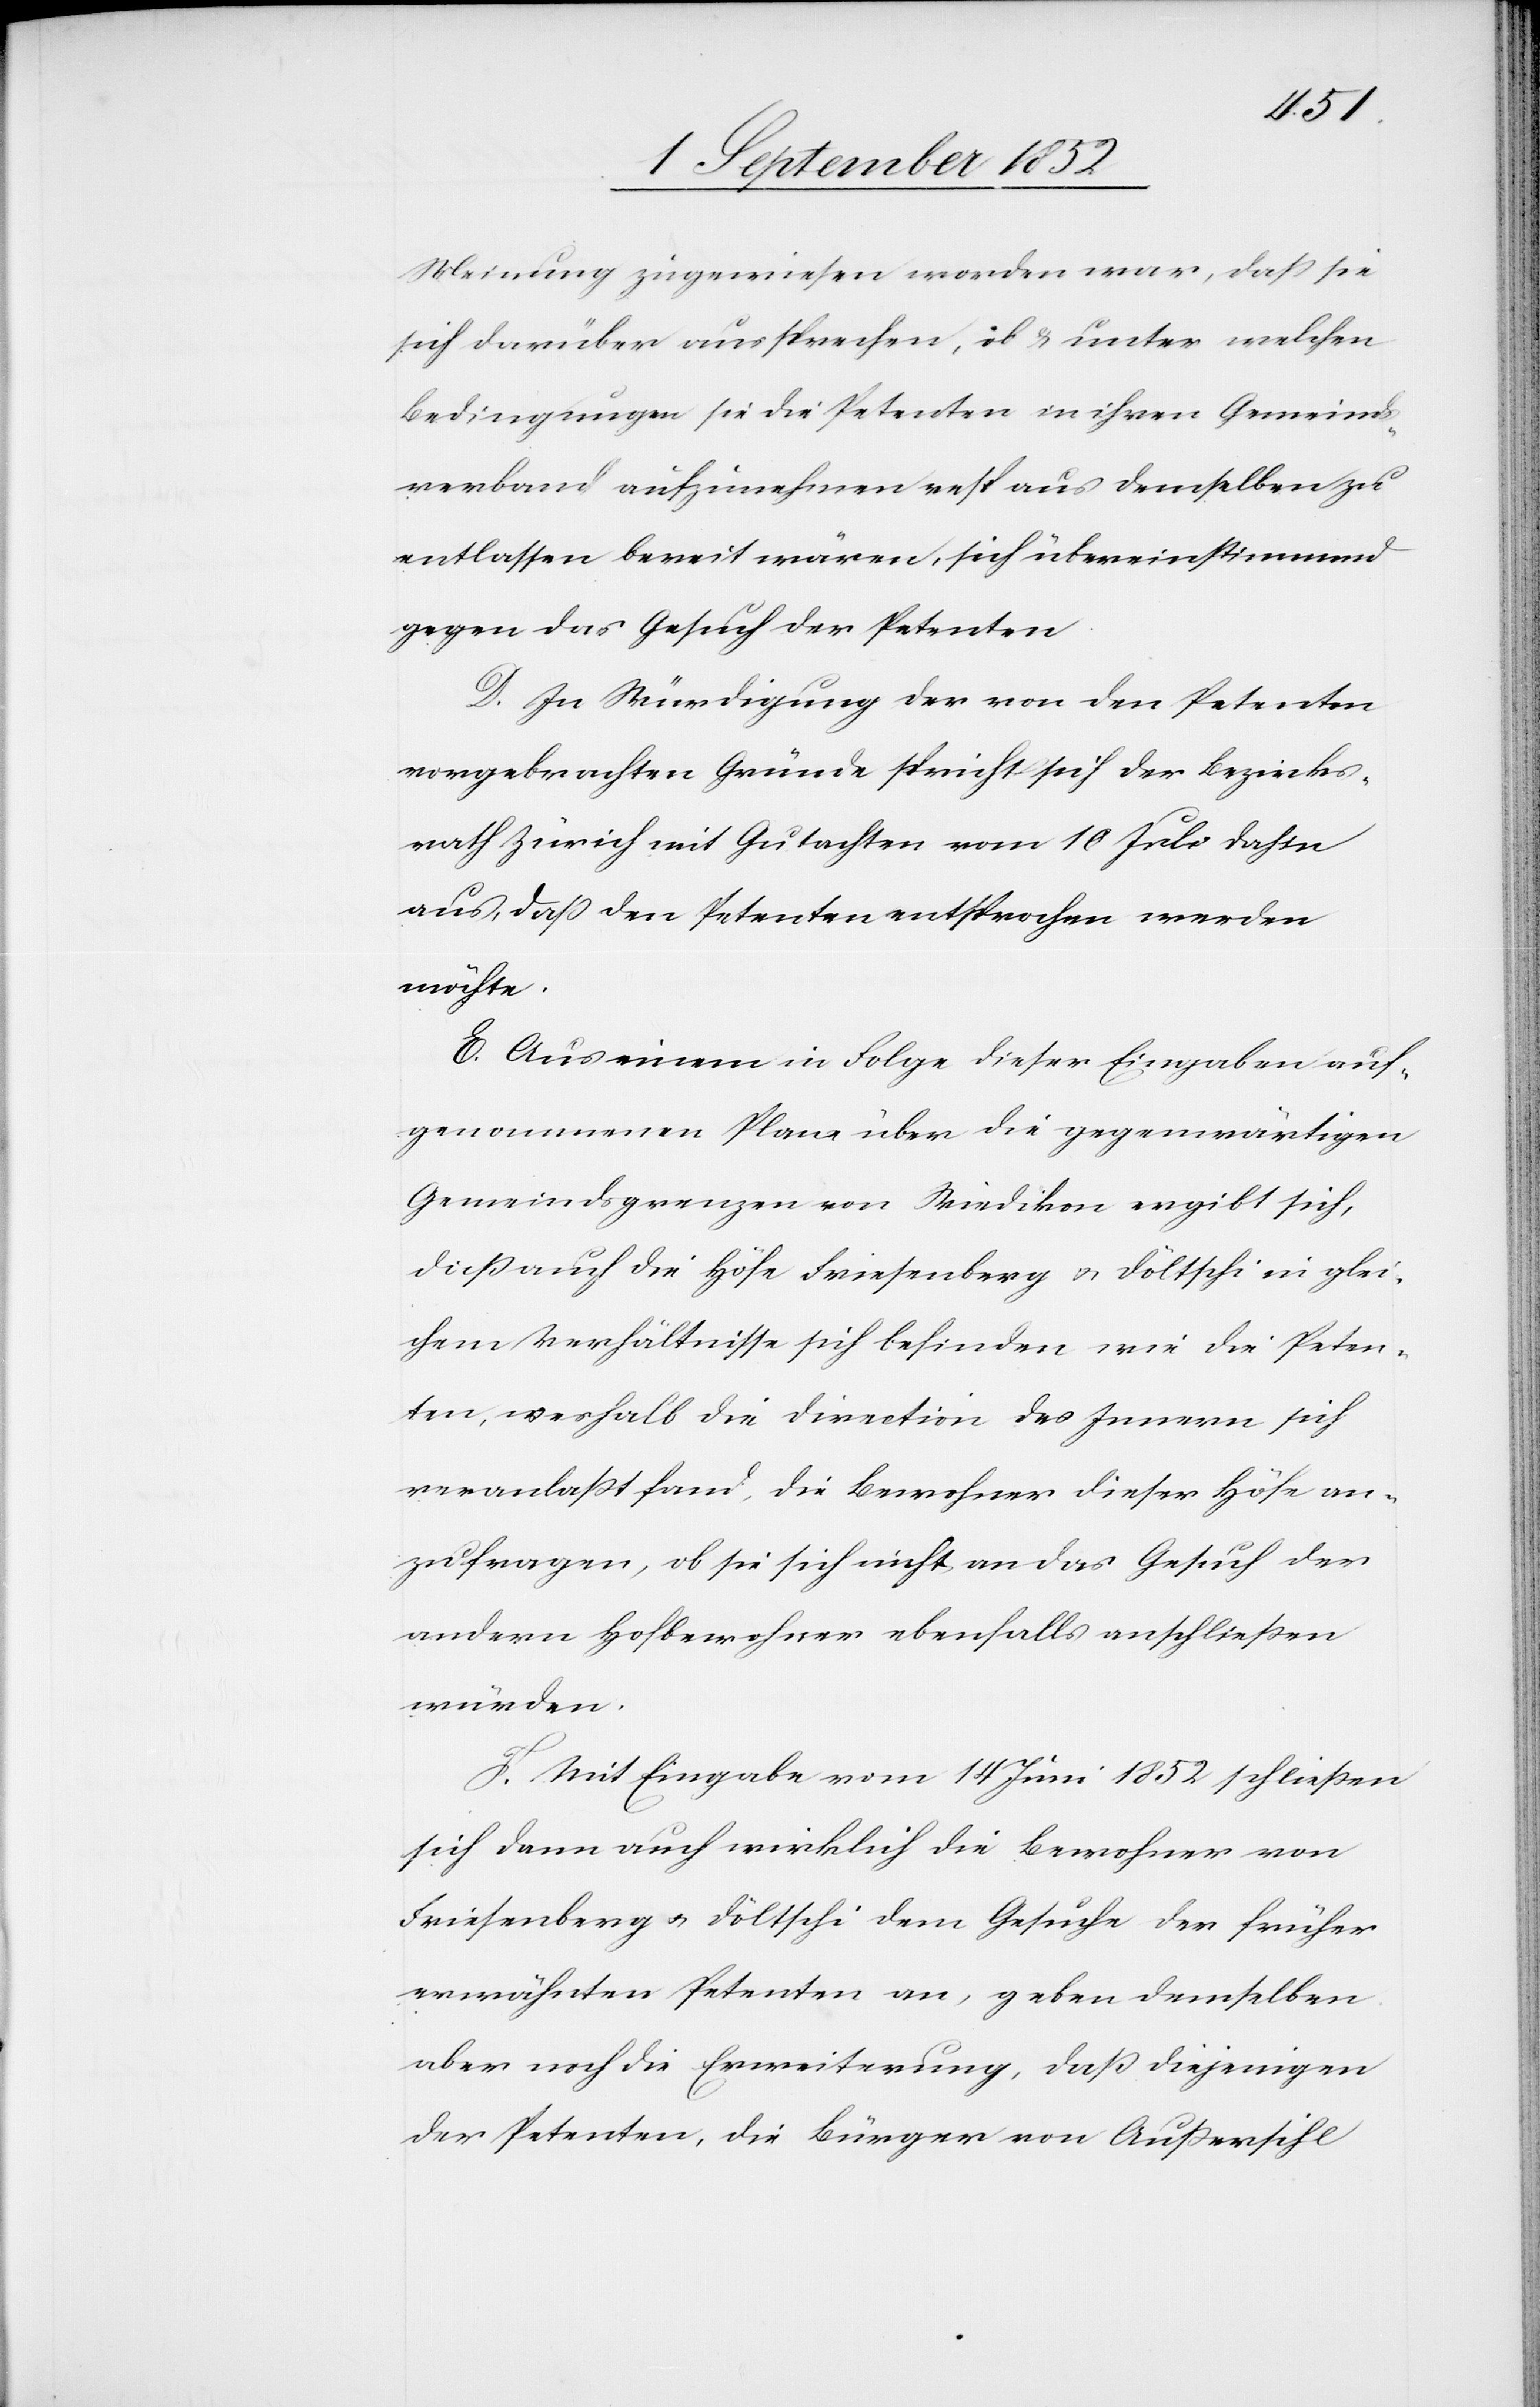
Meinung zugewiesen worden war, daß sie
sich darüber aussprechen, ob & unter welchen
Bedingungen sie die Petenten in ihren Gemeinds¬
verband aufzunehmen resp aus demselben zu
entlassen bereit wären, sich übereinstimmend
gegen das Gesuch der Petenten.
D. In Würdigung der von den Petenten
vorgebrachten Gründe spricht sich der Bezirks¬
rath Zürich mit Gutachten vom 10 Juli dahin
aus, daß den Petenten entsprochen werden
möchte.
E. Aus einem in Folge dieser Eingaben auf¬
genommenen Plane über die gegenwärtigen
Gemeindsgrenzen von Wiedikon ergibt sich,
daß auch die Höfe Friesenberg & Döltschi in glei¬
chem Verhältnisse sich befinden wie die Peten¬
ten, weshalb die Direction des Innern sich
veranlaßt fand, die Bewohner dieser Höfe an¬
zufragen, ob sie sich nicht an das Gesuch der
andern Hofbewohner ebenfalls anschließen
würden.
F. Mit Eingabe vom 14 Juni 1852 schließen
sich dann auch wirklich die Bewohner von
Friesenberg & Döltschi dem Gesuche der früher
erwähnten Petenten an, geben demselben
aber noch die Erweiterung, daß diejenigen
der Petenten, die Bürger von Außersihl